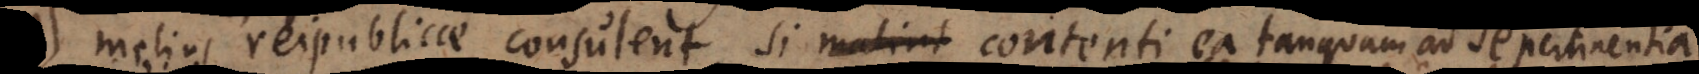
melius reipublicae consulent, si malint contenti ea sibi asserere, ta